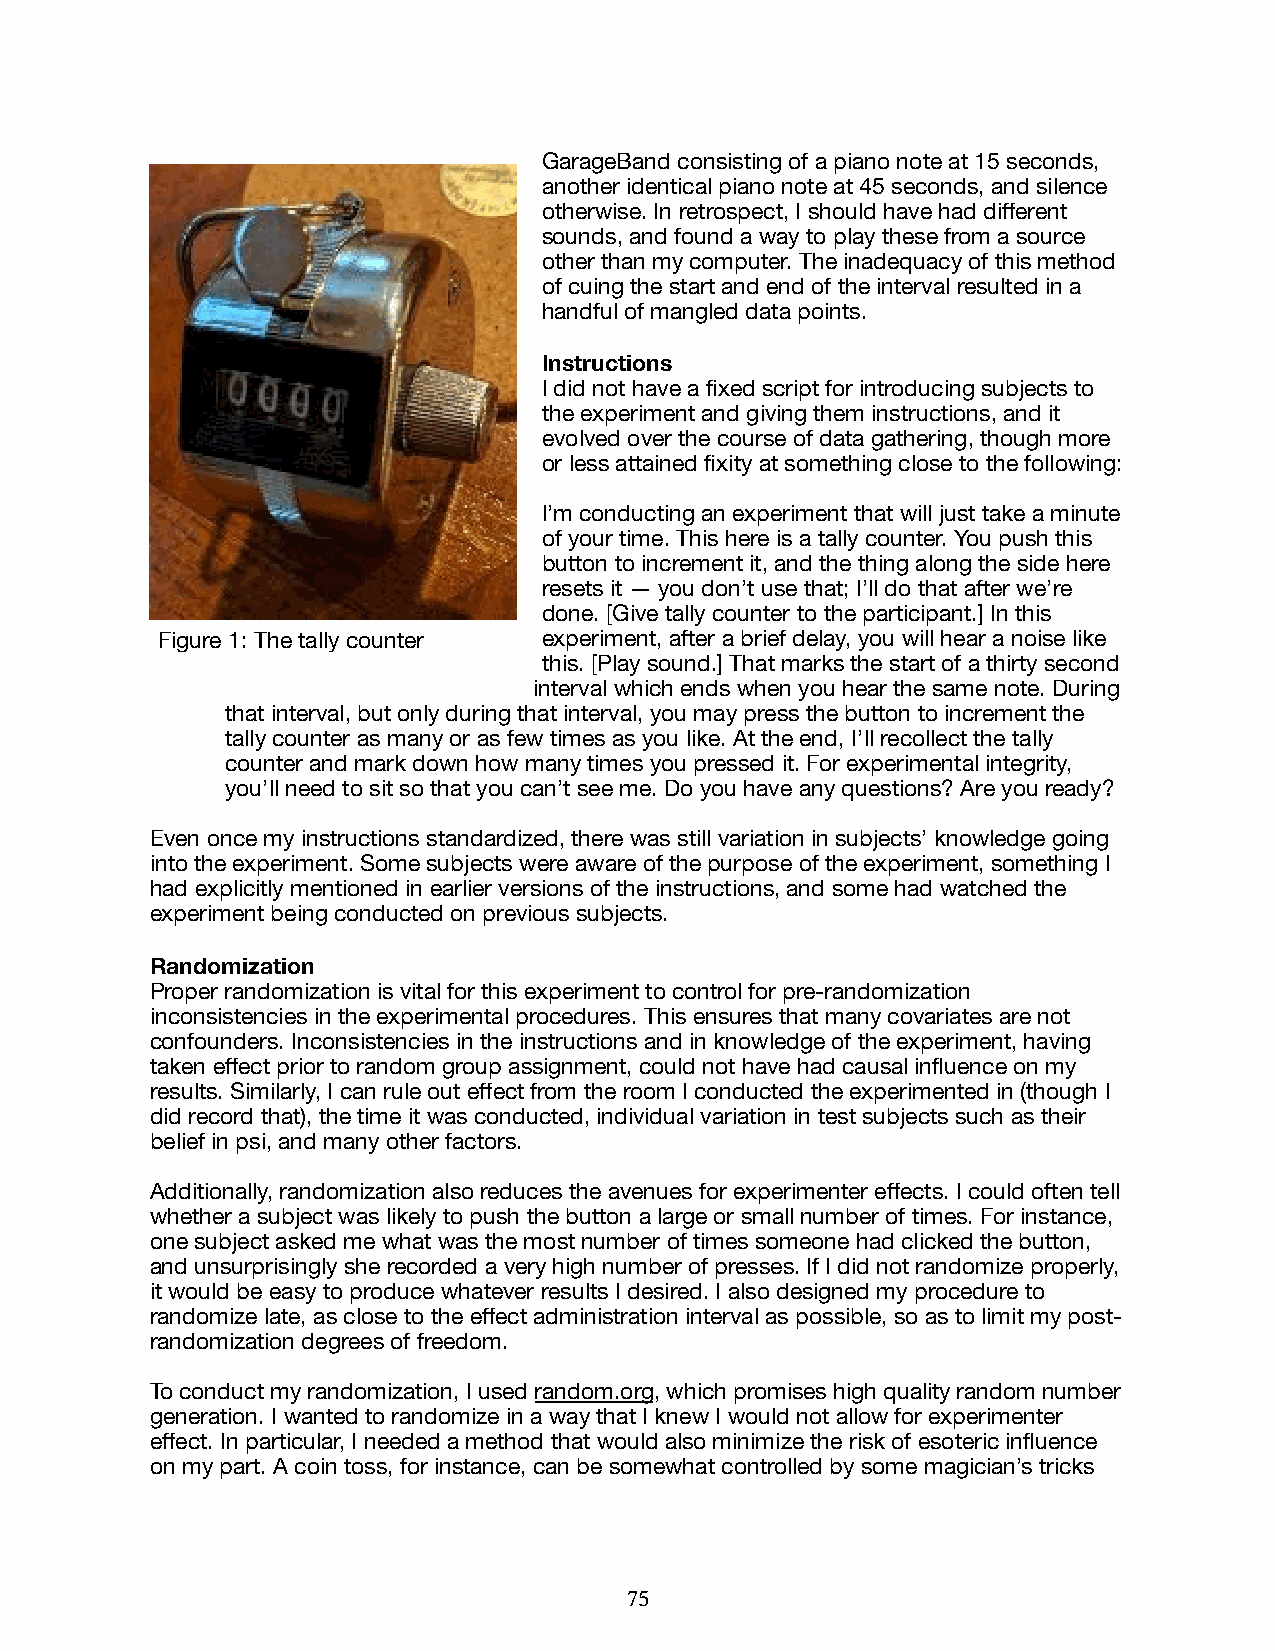
GarageBand consisting of a piano note at 15 seconds,
 another identical piano note at 45 seconds, and silence
 otherwise. In retrospect, I should have had different
 sounds, and found a way to play these from a source
 other than my computer. The inadequacy of this method
 of cuing the start and end of the interval resulted in a
 handful of mangled data points.
 Instructions
 I did not have a fixed script for introducing subjects to
 the experiment and giving them instructions, and it
 evolved over the course of data gathering, though more
 or less attained fixity at something close to the following:
 I’m conducting an experiment that will just take a minute
 of your time. This here is a tally counter. You push this
 button to increment it, and the thing along the side here
 resets it — you don’t use that; I’ll do that after we’re
 done. [Give tally counter to the participant.] In this
 Figure 1: The tally counter experiment, after a brief delay, you will hear a noise like
 this. [Play sound.] That marks the start of a thirty second
 interval which ends when you hear the same note. During
 that interval, but only during that interval, you may press the button to increment the
 tally counter as many or as few times as you like. At the end, I’ll recollect the tally
 counter and mark down how many times you pressed it. For experimental integrity,
 you’ll need to sit so that you can’t see me. Do you have any questions? Are you ready?
 Even once my instructions standardized, there was still variation in subjects’ knowledge going
 into the experiment. Some subjects were aware of the purpose of the experiment, something I
 had explicitly mentioned in earlier versions of the instructions, and some had watched the
 experiment being conducted on previous subjects.
 Randomization
 Proper randomization is vital for this experiment to control for pre-randomization
 inconsistencies in the experimental procedures. This ensures that many covariates are not
 confounders. Inconsistencies in the instructions and in knowledge of the experiment, having
 taken effect prior to random group assignment, could not have had causal influence on my
 results. Similarly, I can rule out effect from the room I conducted the experimented in (though I
 did record that), the time it was conducted, individual variation in test subjects such as their
 belief in psi, and many other factors.
 Additionally, randomization also reduces the avenues for experimenter effects. I could often tell
 whether a subject was likely to push the button a large or small number of times. For instance,
 one subject asked me what was the most number of times someone had clicked the button,
 and unsurprisingly she recorded a very high number of presses. If I did not randomize properly,
 it would be easy to produce whatever results I desired. I also designed my procedure to
 randomize late, as close to the effect administration interval as possible, so as to limit my post-
 randomization degrees of freedom.
 To conduct my randomization, I used random.org, which promises high quality random number
 generation. I wanted to randomize in a way that I knew I would not allow for experimenter
 effect. In particular, I needed a method that would also minimize the risk of esoteric influence
 on my part. A coin toss, for instance, can be somewhat controlled by some magician’s tricks
 75